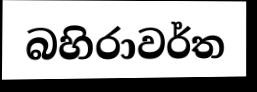
බහිරාවර්ත